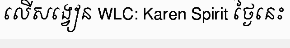
លើសង្វៀន WLC: Karen Spirit ថ្ងៃនេះ